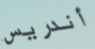
أندريس